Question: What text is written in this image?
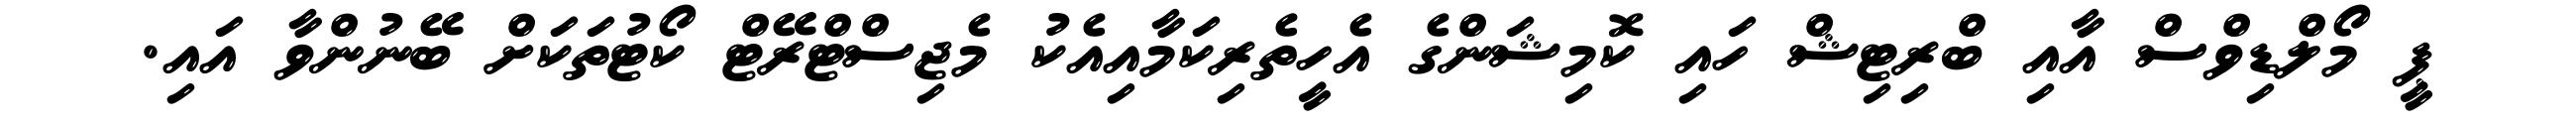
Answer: ޕީ މޯލްޑިވްސް އާއި ބްރިޓިޝް ހައި ކޮމިޝަންގެ އެހީތެރިކަމާއިއެކު މެޖިސްޓްރޭޓް ކޯޓުތަކަށް ބޭނުންވާ އައި.